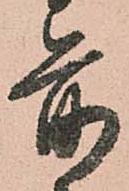
前